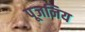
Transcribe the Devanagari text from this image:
पूजनिय